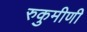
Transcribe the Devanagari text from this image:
रुकुमीणी